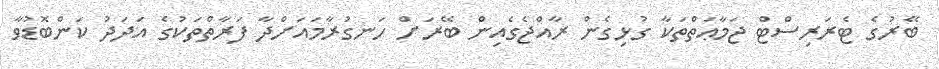
ބޭރުގެ ޓެރަރިސްޓް ޖަމާޢަތްތަކާ ގުޅިގެން ރާއްޖެގެއިން ބޭރަށް ހަނގުރާމައަށްދާ ފަރާތްތަކުގެ އަދަދު ކަންބޮޑުވާ